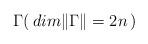
LaTeX: \begin{align*}{\Gamma} (\, dim \Vert \Gamma \Vert = 2n \,)\end{align*}